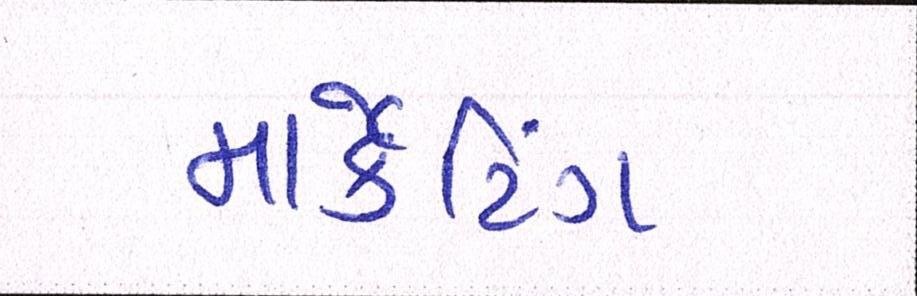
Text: માર્કેટિંગ